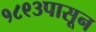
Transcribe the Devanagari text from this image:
१८९३पासून